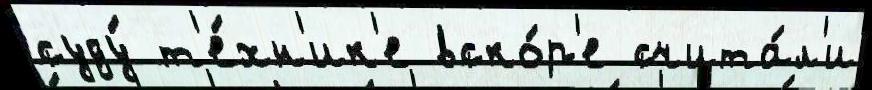
суду́ т'е́хн'ик'е вско́р'е счита́л'и